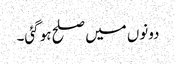
دونوں میں صلح ہو گئی۔